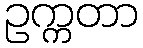
ဥက္ကတာ